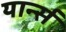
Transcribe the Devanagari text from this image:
यार्न्स